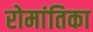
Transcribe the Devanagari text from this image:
रोमांतिका